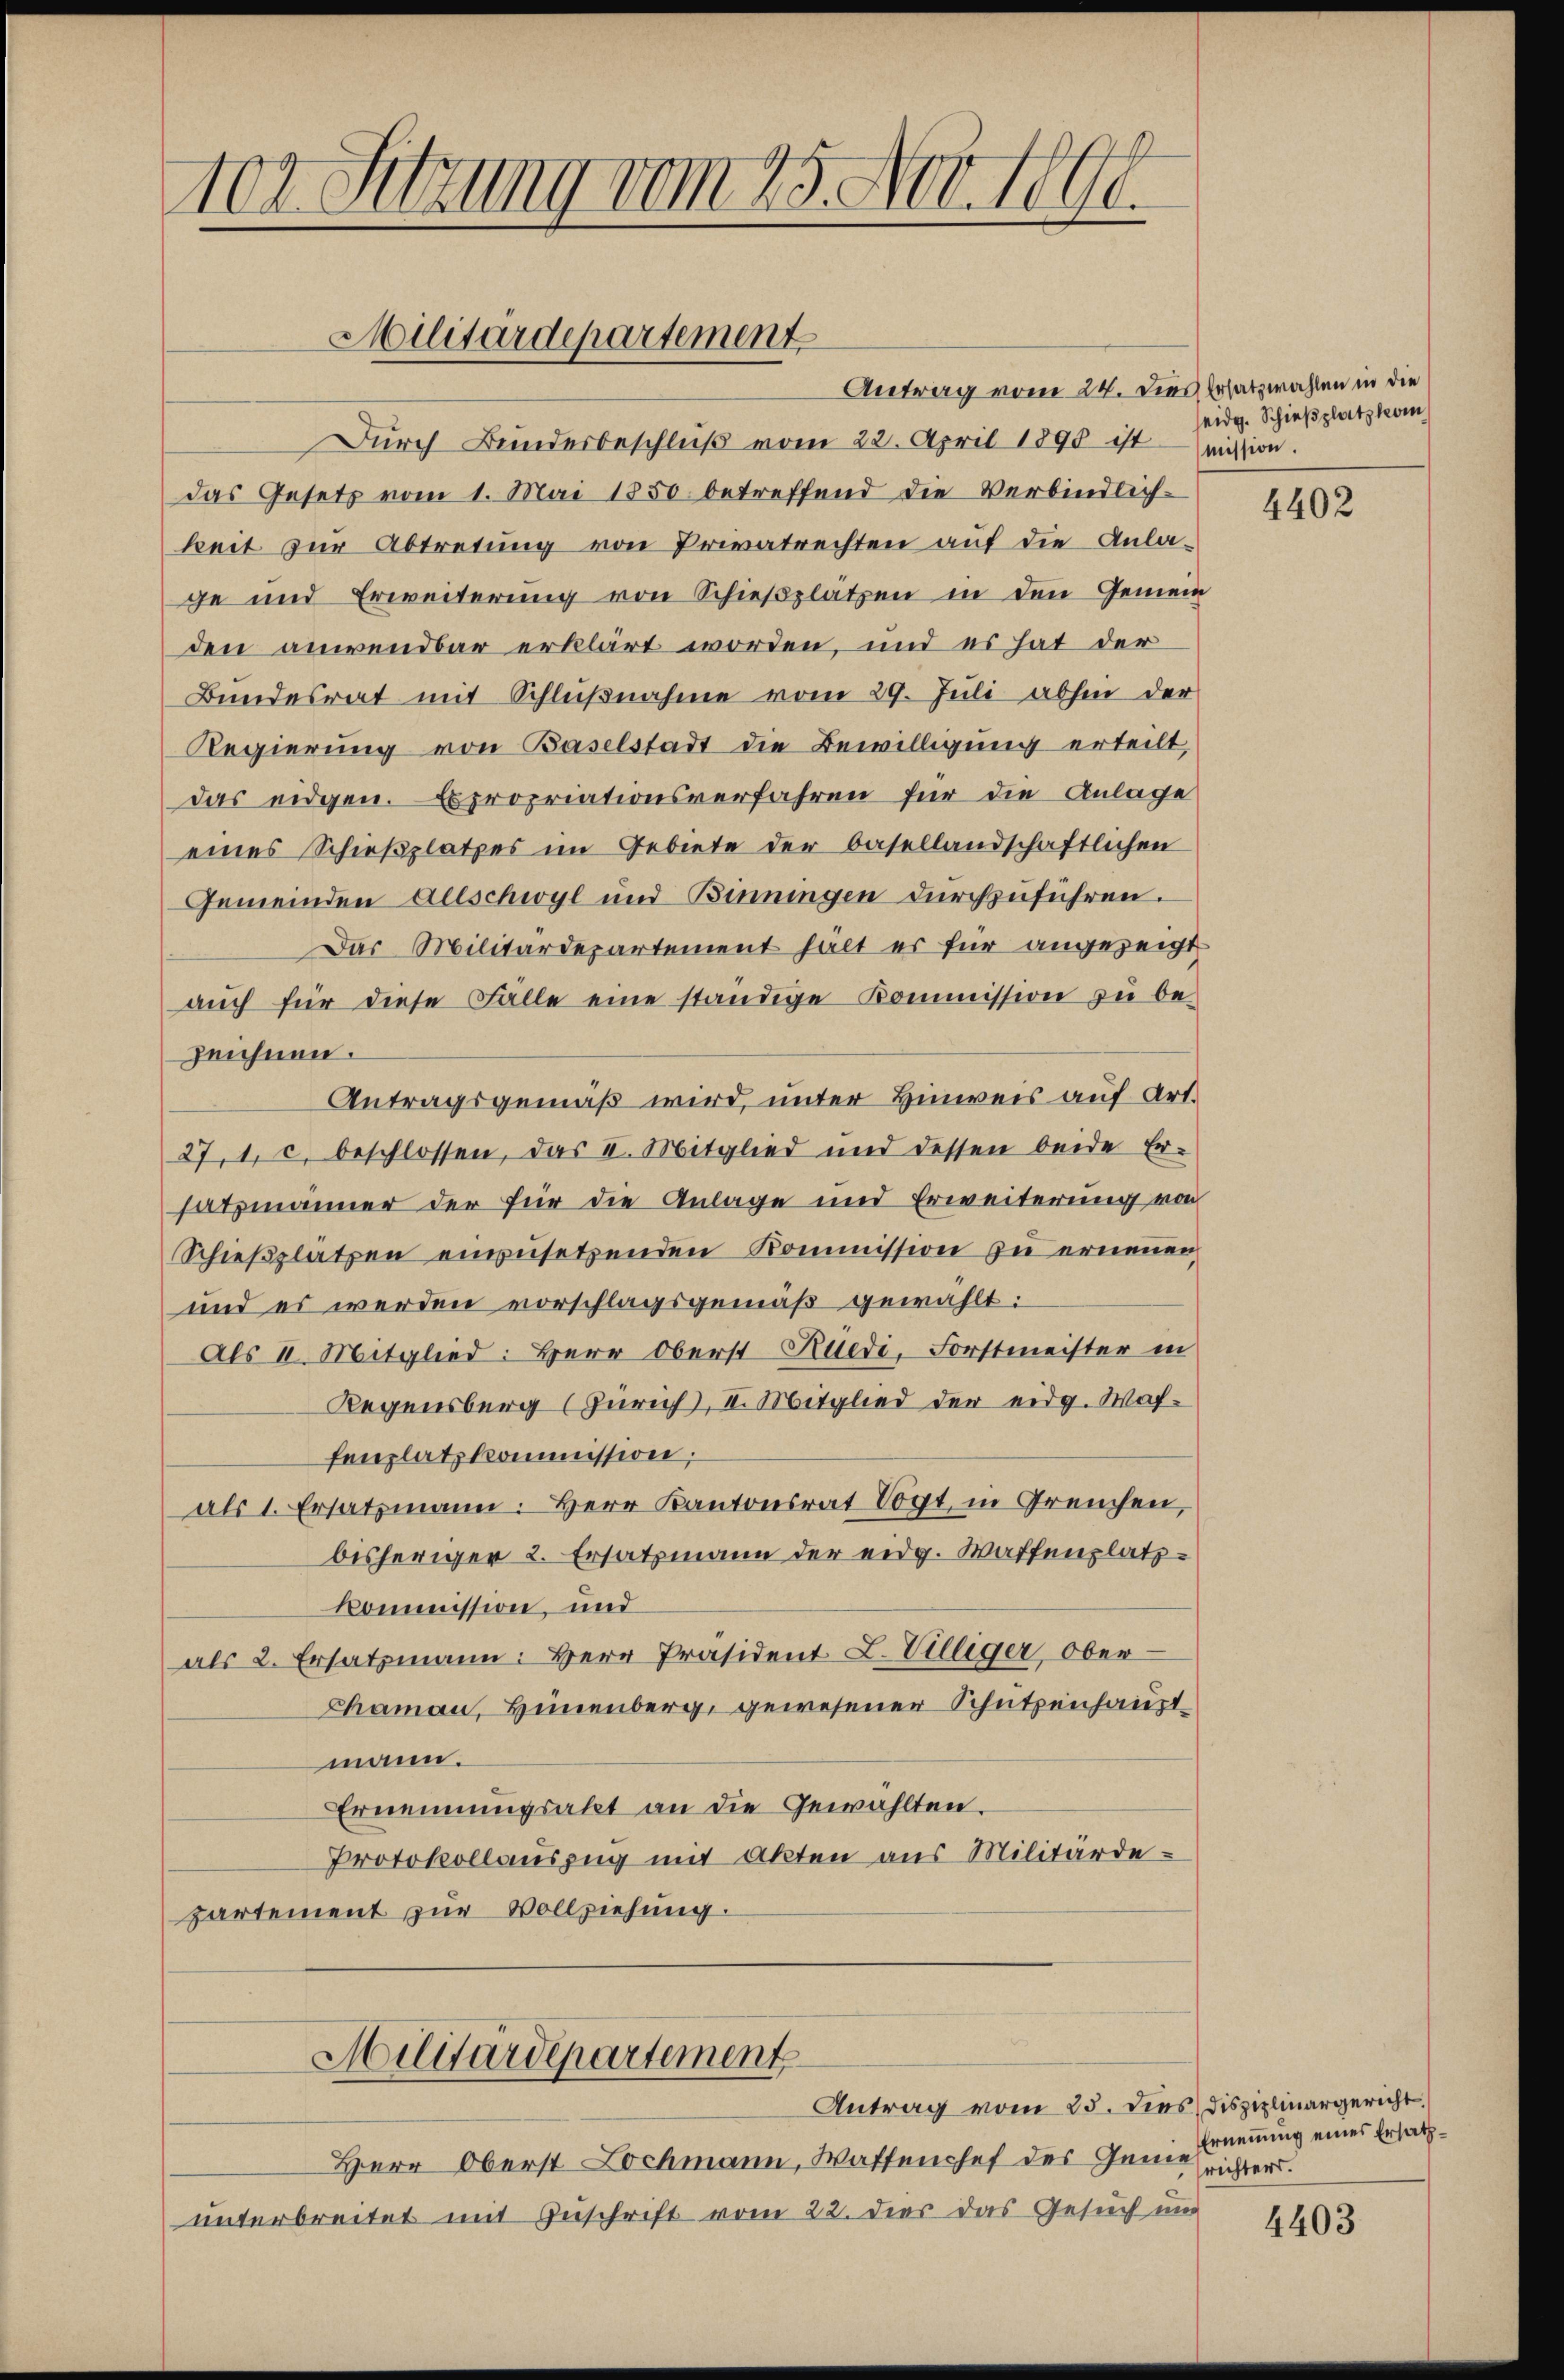
1er Sitzung vom 25. Nov. 1890.

Militärdepartement

Antrag vom 24. dies Ersatzwahlen in die
Durch Bundesbeschluß vom 22. April 1890 ist
das Gesetz vom 1. Mai 1850 betreffend die Verbindlich-
keit zur Abtretung von Privatrechten auf die Anla-
ge und Erweiterung von Schießplatzen in den Gemein
den anwendbar erklärt worden, und es hat der
Bundesrat mit Schlußnahme vom 29. Juli abhin der
Regierung von Baselstadt die Bewilligung erteilt,
das eidgen. Expropriationsverfahren für die Anlage
eines Schießplatzes im Gebiete der basellandschaftlichen
Gemeinden Aeschwyl und Benningen durchzuführen.
Das Militärdepartement hält es für angezeigt
aŭch für diese Fälle eine ständige Kommission zu be-
zeichnen.
Antragsgemäß wird, unter Hinweis auf Art.
27, 1, c. beschlossen, das V. Mitglied und dessen beide Er-
satzmänner der für die Anlage und Erweiterung von
Schießplätzen einzusetzenden Kommission zu erneuen
und es werden vorschlagsgemäß gewählt:
als II. Mitglied: Herr Oberst Rüedi, Forstmeister in
Regensberg (Zürich), II. Mitglied der eidg. Waffenplatz kommission;
als 1. Ersatzmann: Herr Kantonsrat Vogt, in Greuchen,
bisheriger 2. Ersatzmann der eidg. Waffenplatz¬
Kommission, und
als 2. Ersatzmann: Herr Präsident L. Villiger Ober-
Chaman, Heinenberg gewesener Schutzenhaust-
mann.
Ernennungsakt an die Gewählten.
Protokollauszug mit Akten aus Militärdepartement zur Vollziehung.
Militärdepartement
Antrag vom 25. dies disziplinargericht.
Herr Oberst Lochmann, Waffenchef des Gantrichter.
unterbreitet mit Zuschrift vom 22. dies das Gesuch um

eidg. Schießplatz kom
mission.

4402

Ernennung eines Ersatz.

4403